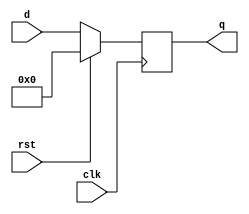
module flopr_param(clk, rst, d, q);
    parameter n = 32;
    input clk, rst;
    input [n-1:0] d;
    output reg [n-1:0] q;

    always @(posedge clk) begin
        if (rst) begin
            //Reset logic goes here.
            q<= 0;
        end
        else begin
            //Sequential logic goes here.
            q <= d;
        end
    end
endmodule